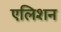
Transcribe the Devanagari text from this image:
एलिशन